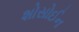
શોસોઈન